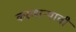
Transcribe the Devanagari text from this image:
करणार्‍याची